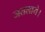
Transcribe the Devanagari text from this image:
जतलाये।